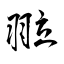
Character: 翋